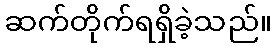
ဆက်တိုက်ရရှိခဲ့သည်။